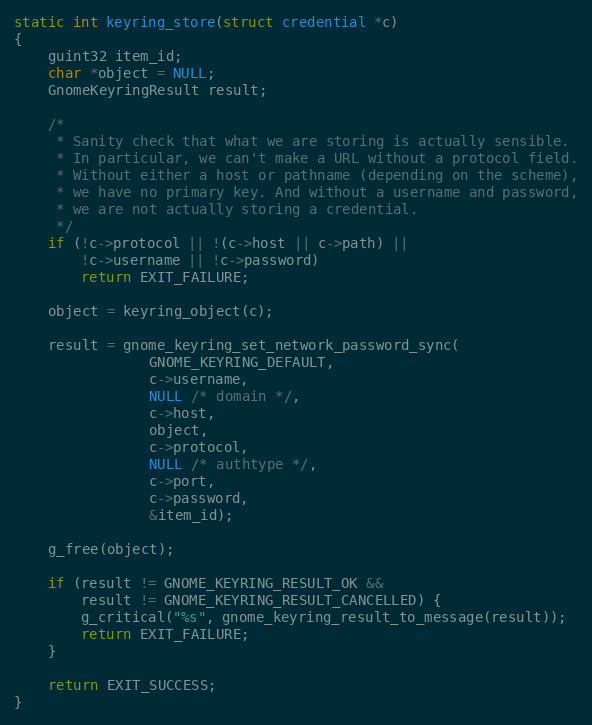
Language: C
static int keyring_store(struct credential *c)
{
	guint32 item_id;
	char *object = NULL;
	GnomeKeyringResult result;

	/*
	 * Sanity check that what we are storing is actually sensible.
	 * In particular, we can't make a URL without a protocol field.
	 * Without either a host or pathname (depending on the scheme),
	 * we have no primary key. And without a username and password,
	 * we are not actually storing a credential.
	 */
	if (!c->protocol || !(c->host || c->path) ||
	    !c->username || !c->password)
		return EXIT_FAILURE;

	object = keyring_object(c);

	result = gnome_keyring_set_network_password_sync(
				GNOME_KEYRING_DEFAULT,
				c->username,
				NULL /* domain */,
				c->host,
				object,
				c->protocol,
				NULL /* authtype */,
				c->port,
				c->password,
				&item_id);

	g_free(object);

	if (result != GNOME_KEYRING_RESULT_OK &&
	    result != GNOME_KEYRING_RESULT_CANCELLED) {
		g_critical("%s", gnome_keyring_result_to_message(result));
		return EXIT_FAILURE;
	}

	return EXIT_SUCCESS;
}